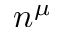
n ^ { \mu }